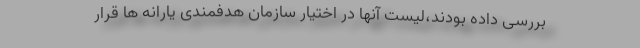
بررسی داده بودند،لیست آنها در اختیار سازمان هدفمندی یارانه ها قرار